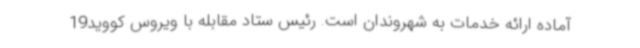
آماده ارائه خدمات به شهروندان است. رئیس ستاد مقابله با ویروس کووید19